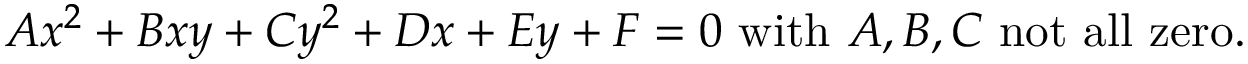
A x ^ { 2 } + B x y + C y ^ { 2 } + D x + E y + F = 0 { \mathrm { ~ w i t h ~ } } A , B , C { \mathrm { ~ n o t ~ a l l ~ z e r o . } }